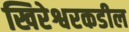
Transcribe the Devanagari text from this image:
खिरेश्वरकडील